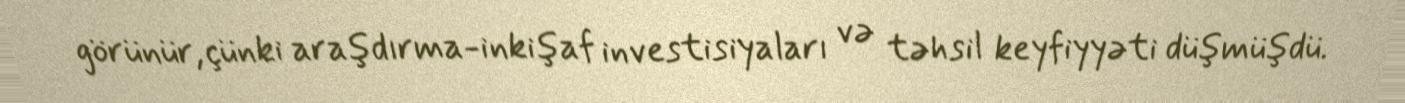
görünür, çünki araşdırma-inkişaf investisiyaları və təhsil keyfiyyəti düşmüşdü.